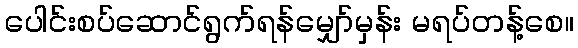
ပေါင်းစပ်ဆောင်ရွက်ရန်မျှော်မှန်း မရပ်တန့်စေ။